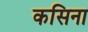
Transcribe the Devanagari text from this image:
कसिना